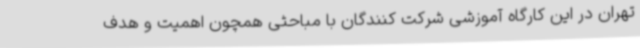
تهران در این کارگاه آموزشی شرکت کنندگان با مباحثی همچون اهمیت و هدف